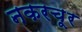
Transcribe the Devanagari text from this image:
नकरचूर